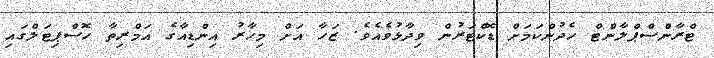
ޓްރާންސްޕްލާންޓް ހެދުންކަމަށް ޑޮކްޓަރުން ވިދާޅުވެއެވެ. ޒަހާ އަށް މިހާރު އިންޑިއާގެ އަމްރިތާ ހޮސްޕިޓަލްގައި